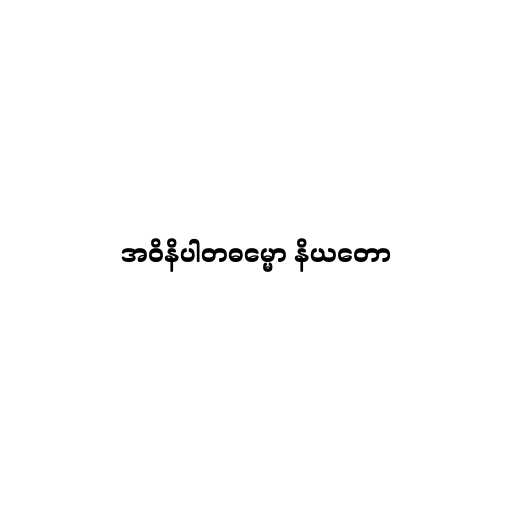
အဝိနိပါတဓမ္မော နိယတော